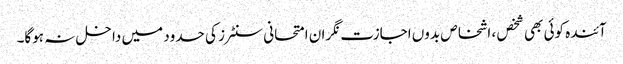
آئندہ کوئی بھی شخص ، اشخاص بدوں اجازت نگران امتحانی سنٹرز کی حدود میں داخل نہ ہوگا۔